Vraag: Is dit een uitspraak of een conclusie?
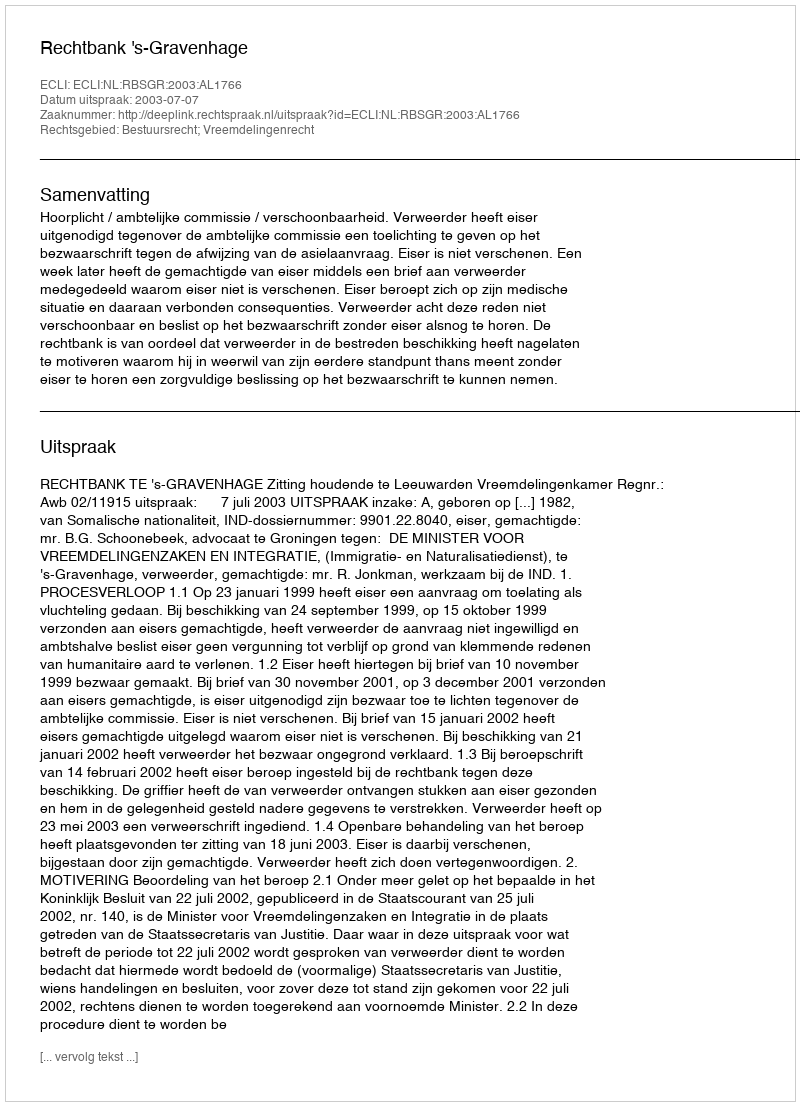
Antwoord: Uitspraak